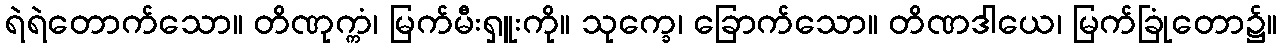
ရဲရဲတောက်သော။ တိဏုက္ကံ၊ မြက်မီးရှူးကို။ သုက္ခေ၊ ခြောက်သော။ တိဏဒါယေ၊ မြက်ခြုံတော၌။